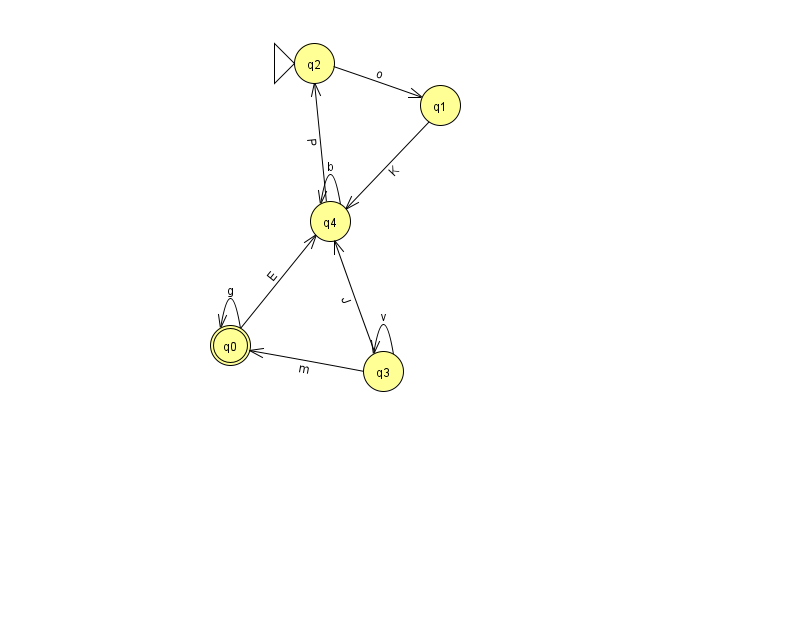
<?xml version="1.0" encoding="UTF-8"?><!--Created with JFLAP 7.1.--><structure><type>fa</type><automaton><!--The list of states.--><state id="0" name="q0"><x>230.0</x><y>332.0</y><final/></state><state id="1" name="q1"><x>440.0</x><y>92.0</y></state><state id="2" name="q2"><x>314.0</x><y>50.0</y><initial/></state><state id="3" name="q3"><x>383.0</x><y>358.0</y></state><state id="4" name="q4"><x>330.0</x><y>208.0</y></state><!--The list of transitions.--><transition><from>4</from><to>4</to><read>b</read></transition><transition><from>3</from><to>0</to><read>m</read></transition><transition><from>1</from><to>4</to><read>K</read></transition><transition><from>3</from><to>3</to><read>v</read></transition><transition><from>0</from><to>0</to><read>g</read></transition><transition><from>2</from><to>1</to><read>o</read></transition><transition><from>4</from><to>2</to><read>P</read></transition><transition><from>3</from><to>4</to><read>J</read></transition><transition><from>0</from><to>4</to><read>E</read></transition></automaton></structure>